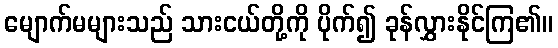
မျောက်မများသည် သားငယ်တို့ကို ပိုက်၍ ခုန်လွှားနိုင်ကြ၏။